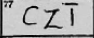
Transcription: CZT